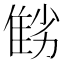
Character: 𨾻